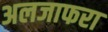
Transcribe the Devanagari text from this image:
अलजाफरा